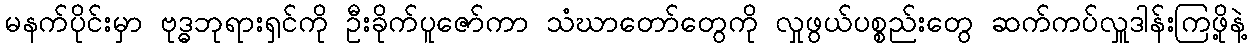
မနက်ပိုင်းမှာ ဗုဒ္ဓဘုရားရှင်ကို ဦးခိုက်ပူဇော်ကာ သံဃာတော်တွေကို လှုဖွယ်ပစ္စည်းတွေ ဆက်ကပ်လှူဒါန်းကြဖို့နဲ့